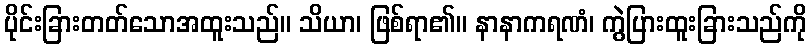
ပိုင်းခြားတတ်သောအထူးသည်။ သိယာ၊ ဖြစ်ရာ၏။ နာနာကရဏံ၊ ကွဲပြားထူးခြားသည်ကို